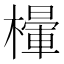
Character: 𣜸